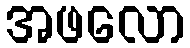
အဖလော